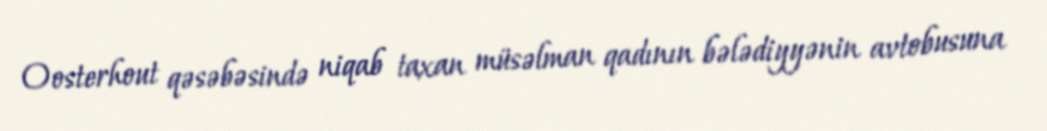
Oosterhout qəsəbəsində niqab taxan müsəlman qadının bələdiyyənin avtobusuna